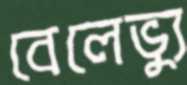
বেলেভ্যু